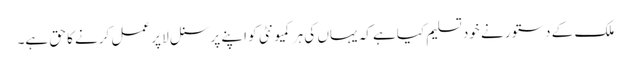
ملک کے دستور نے خود تسلیم کیاہے کہ یہاں کی ہر کمیونٹی کو اپنے پرسنل لا پر عمل کرنے کا حق ہے۔